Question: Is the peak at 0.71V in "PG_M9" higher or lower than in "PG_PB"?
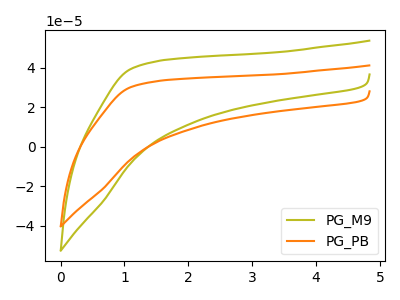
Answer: <think>The olive curve "PG_M9" has no peaks. The orange curve "PG_PB" has no peaks.</think>
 <answer>"PG_M9" and "PG_PB" dont share a peak at 0.71V.</answer>
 <eval>mismatch</eval>